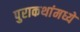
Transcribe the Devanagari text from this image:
पुराकथांमध्ये